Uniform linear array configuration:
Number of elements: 64
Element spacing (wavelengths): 0.25
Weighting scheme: blackman
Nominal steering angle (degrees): -15
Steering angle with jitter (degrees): -15.176
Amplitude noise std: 0.05
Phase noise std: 0.05

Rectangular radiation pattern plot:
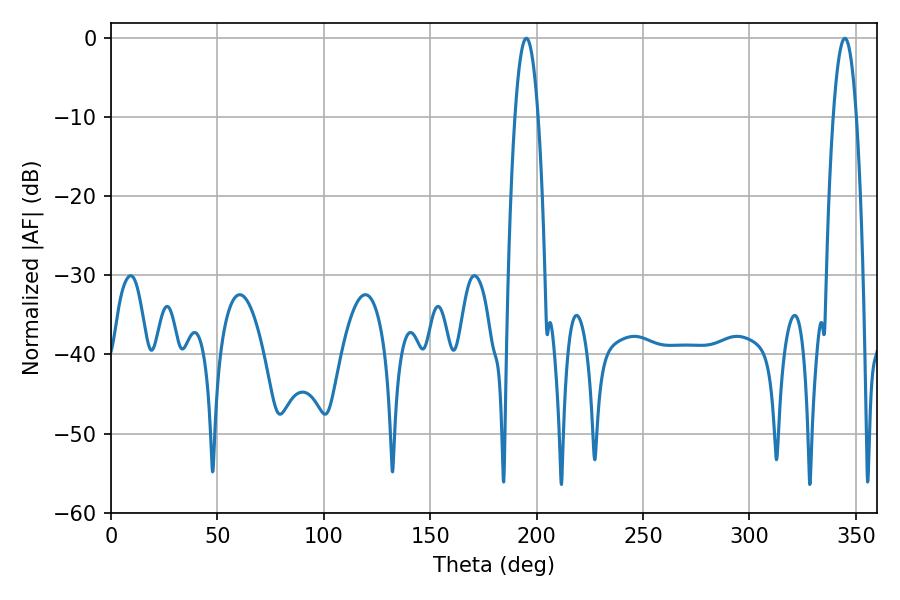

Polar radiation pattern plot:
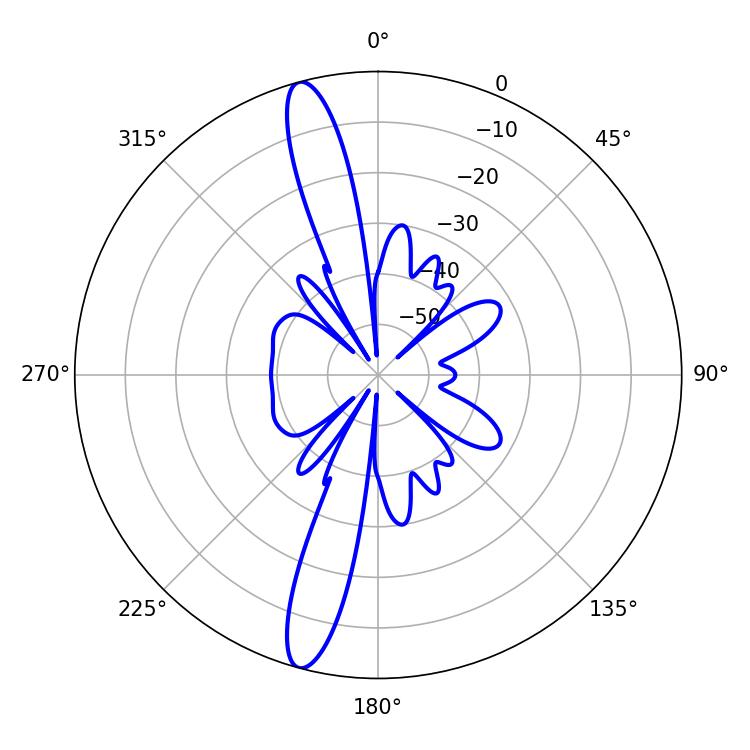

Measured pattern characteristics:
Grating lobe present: FALSE
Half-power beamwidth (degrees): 5.94
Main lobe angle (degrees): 195.12